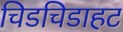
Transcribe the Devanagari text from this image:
चिडचिडाहट